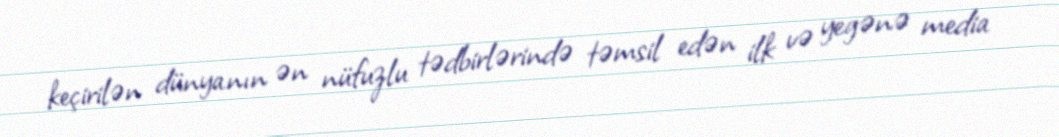
keçirilən dünyanın ən nüfuzlu tədbirlərində təmsil edən ilk və yegənə media